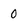
Character: 0